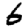
Digit: 6